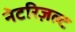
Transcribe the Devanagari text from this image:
नेटरिज़ल्ट